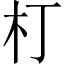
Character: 朾